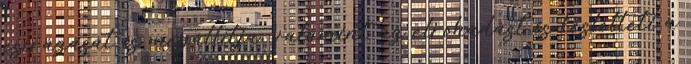
csírázását is megállítja, valamint az elrohadást is késlelteti a